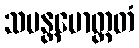
သမန္တမောတ္ထတံ